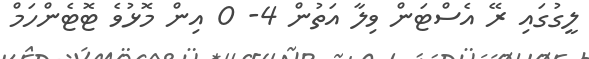
ލީގުގައި ރޭ އެސްޓަން ވިލާ އަތުން 4- 0 އިން މޮޅުވެ ޓޮޓެންހަމް